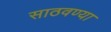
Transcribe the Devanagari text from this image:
साठवण्या